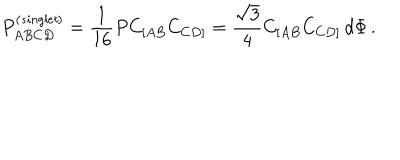
P _ { A B C D } ^ { \left( { \it s i n g l e t } \right) } = { \frac { 1 } { 1 6 } } P C _ { [ A B } C _ { C D ] } = { \frac { \sqrt { 3 } } { 4 } } C _ { [ A B } C _ { C D ] } \, d \Phi \, .